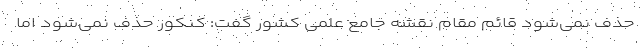
حذف نمی‌شود قائم مقام نقشه جامع علمی کشور گفت: کنکور حذف نمی‌شود اما